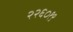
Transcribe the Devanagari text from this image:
२२६०१९